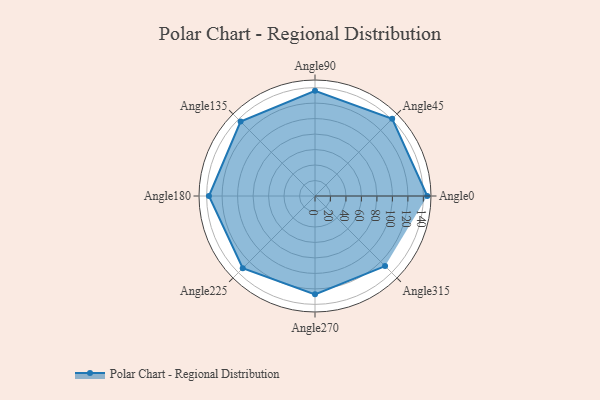
{"axis": {"x": "Angle", "y": "Radius"}, "legend": [""], "data": [{"x": "Angle0", "y": 145.0, "type": ""}, {"x": "Angle45", "y": 141.0, "type": ""}, {"x": "Angle90", "y": 136.0, "type": ""}, {"x": "Angle135", "y": 136.0, "type": ""}, {"x": "Angle180", "y": 137.0, "type": ""}, {"x": "Angle225", "y": 132.0, "type": ""}, {"x": "Angle270", "y": 127.0, "type": ""}, {"x": "Angle315", "y": 128.0, "type": ""}]}